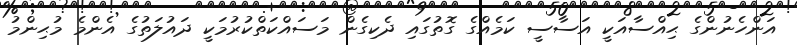
އަންހެނުންގެ ޙިއްސާއަކީ އަސާސީ ކަމެއްގެ ގޮތުގައި ދެކިގެން މަސައްކަތްކުރުމަކީ ދައުލަތުގެ އެންމެ މުޙިންމު